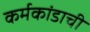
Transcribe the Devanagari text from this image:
कर्मकांडाची